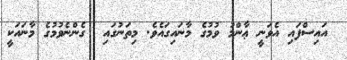
އައިސްފައި އެވަނީ ޢާންމު ވުމުގެ މާނައިގައެވެ. މިތަނުގައި  ގެންނެވުމުގެ މާނައަކީ